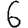
Digit: 6